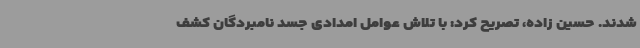
شدند. حسین زاده، تصریح کرد: با تلاش عوامل امدادی جسد نامبردگان کشف